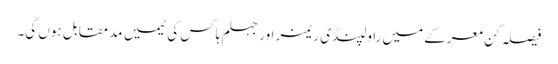
فیصلہ کن معرکے میں راولپنڈی ریمز اور جہلم ہاکس کی ٹیمیں مدمقابل ہوں گی۔